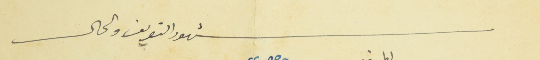
شهود التعريف والحال